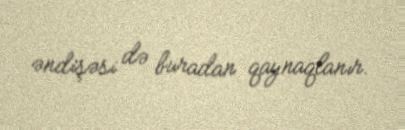
əndişəsi də buradan qaynaqlanır.